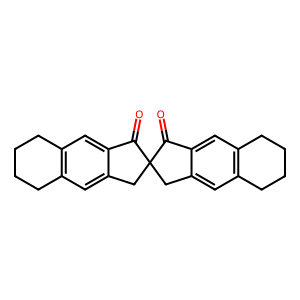
SMILES: O=C1c2cc3c(cc2CC12Cc1cc4c(cc1C2=O)CCCC4)CCCC3
Inhibits HIV replication: No